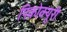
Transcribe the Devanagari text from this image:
पिकोक्यूरी